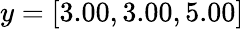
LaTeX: y=[3.00,3.00,5.00]